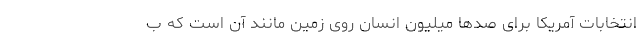
انتخابات آمریکا برای صدها میلیون انسان روی زمین مانند آن است که ب